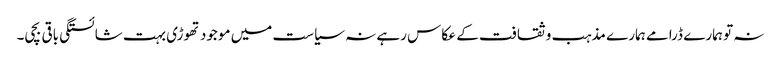
نہ تو ہمارے ڈرامے ہمارے مذہب و ثقافت کے عکاس رہے نہ سیاست میں موجود تھوڑی بہت شائستگی باقی بچی۔